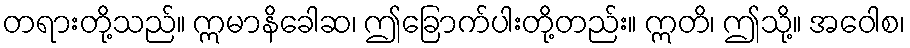
တရားတို့သည်။ ဣမာနိခေါဆ၊ ဤခြောက်ပါးတို့တည်း။ ဣတိ၊ ဤသို့။ အဝေါစ၊